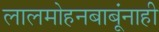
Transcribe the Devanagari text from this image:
लालमोहनबाबूंनाही